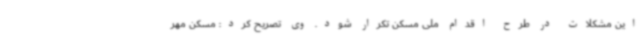
این مشکلات در طرح اقدام ملی مسکن تکرار شود. وی تصریح کرد: مسکن مهر